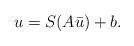
LaTeX: \begin{align*}u=S(A\bar u)+b.\end{align*}